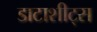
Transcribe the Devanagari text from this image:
डाटाशीट्स